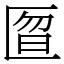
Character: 匫